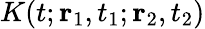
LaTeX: K(t;{\mathbf r}_{1},t_{1};{\mathbf r}_{2},t_{2})